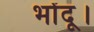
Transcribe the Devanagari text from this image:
भोंदू।